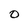
Character: 0